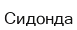
Сидонда